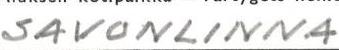
SAVONLINNA